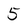
Character: 5